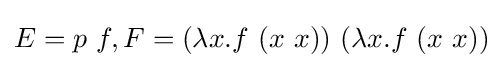
E=p\ f,F=(\lambda x.f\ (x\ x))\ (\lambda x.f\ (x\ x))